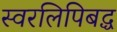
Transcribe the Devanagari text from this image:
स्वरलिपिबद्ध